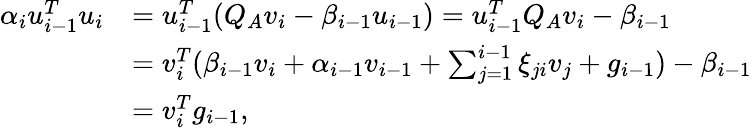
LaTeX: \begin{array}{rl}{\alpha_{i}u_{i-1}^{T}u_{i}}&{=u_{i-1}^{T}(Q_{A}v_{i}-\beta_{i-1}u_{i-1})=u_{i-1}^{T}Q_{A}v_{i}-\beta_{i-1}}\\ &{=v_{i}^{T}(\beta_{i-1}v_{i}+\alpha_{i-1}v_{i-1}+\sum_{j=1}^{i-1}\xi_{ji}v_{j}+g_{i-1})-\beta_{i-1}}\\ &{=v_{i}^{T}g_{i-1},}\end{array}